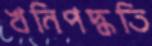
খনিপদ্ধতি